Civil Veterinary Department. United Provinces 1932-42 - 1932-1942
Year: 1932
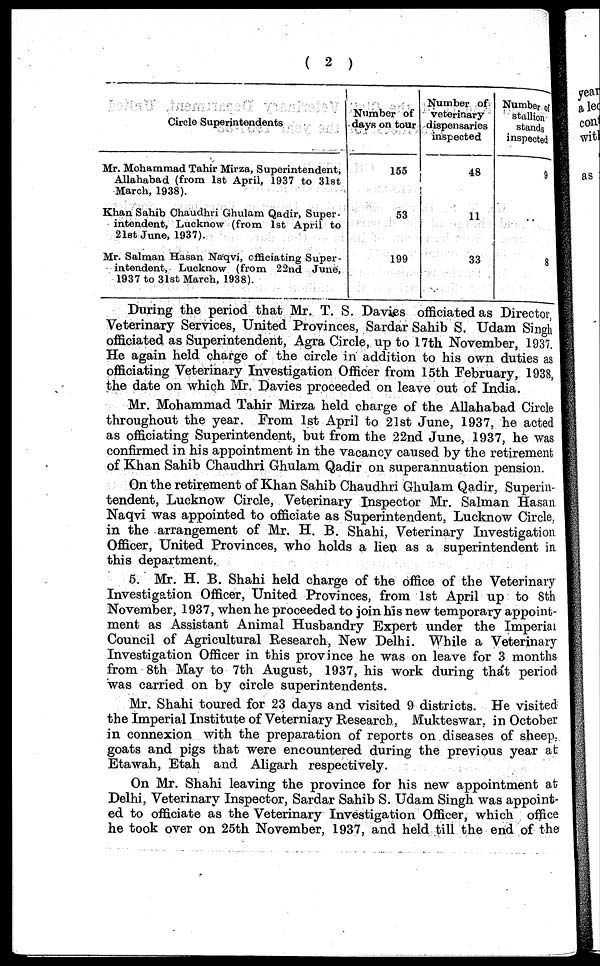
(2)
Circle Superintendents
Mr. Mohammad Tahir Mirza, Superintendent,
Allahabad (from 1st April, 1937 to 31st
March, 1938).
Khan Sahib Chaudhri Ghulam Qadir, Super-
intendent, Lucknow (from 1st April to
21st June, 1937).
Mr. Salman Hasan Naqvi, officiating Super-
intendent, Lucknow (from 22nd June,
1937 to 31st March, 1938).
Number of
days on tour
155
53
199
Number of
veterinary
dispensaries
inspected
48
11
33
Number of
stallion
stands
inspected
9
..
8
During the period that Mr. T. S. Daviss officiated as Director,
Veterinary Services, United Provinces, Sardar Sahib S. Udam Singh
officiated as Superintendent, Agra Circle, up to 17th November, 1937.
He again held charge of the circle in addition to his own duties as
officiating Veterinary Investigation Officer from 15th February, 1938,
the date on which Mr. Davies proceeded on leave out of India.
Mr. Mohammad Tahir Mirza held charge of the Allahabad Circle
throughout the year. From 1st April to 21st June, 1937, he acted
as officiating Superintendent, but from the 22nd June, 1937, he was
confirmed in his appointment in the vacancy caused by the retirement
of Khan Sahib Chaudhri Ghulam Qadir on superannuation pension.
On the retirement of Khan Sahib Chaudhri Ghulam Qadir, Superin-
tendent, Lucknow Circle, Veterinary Inspector Mr. Salman Hasan
Naqvi was appointed to officiate as Superintendent, Lucknow Circle.
in the arrangement of Mr. H. B. Shahi, Veterinary Investigation
Officer, United Provinces, who holds a lien as a superintendent in
this department.
5. Mr. H. B. Shahi held charge of the office of the Veterinary
Investigation Officer, United Provinces, from 1st April up to 8th
November, 1937, when he proceeded to join his new temporary appoint-
ment as Assistant Animal Husbandry Expert under the Imperial
Council of Agricultural Research, New Delhi. While a Veterinary
Investigation Officer in this province he was on leave for 3 months
from 8th May to 7th August, 1937, his work during that period
was carried on by circle superintendents.
Mr. Shahi toured for 23 days and visited 9 districts. He visited
the Imperial Institute of Veterniary Research, Mukteswar, in October
in connexion with the preparation of reports on diseases of sheep,
goats and pigs that were encountered during the previous year at
Etawah, Etah and Aligarh respectively.
On Mr. Shahi leaving the province for his new appointment at
Delhi, Veterinary Inspector, Sardar Sahib S. Udam Singh was appoint-
ed to officiate as the Veterinary Investigation Officer, which office
he took over on 25th November, 1937, and held till the end of the